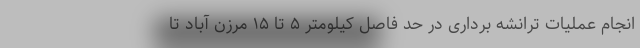
انجام عملیات ترانشه برداری در حد فاصل کیلومتر ۵ تا ۱۵ مرزن آباد تا